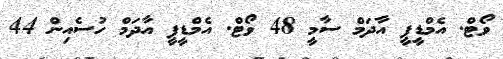
ވޯޓް. އެމްޑީޕީ އާދަމް ސާމީ 48 ވޯޓް. އެމްޑީޕީ އާދަމް ހުސެއިން 44